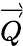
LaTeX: \overrightarrow{Q}